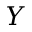
Y